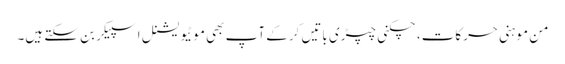
من موہنی حرکات، چکنی چپڑی باتیں کرکے آپ بھی موٹیویشنل اسپیکر بن سکتے ہیں۔